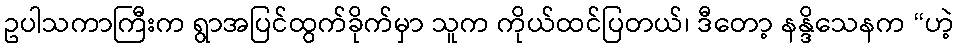
ဥပါသကာကြီးက ရွာအပြင်ထွက်ခိုက်မှာ သူက ကိုယ်ထင်ပြတယ်၊ ဒီတော့ နန္ဒိသေနက “ဟဲ့